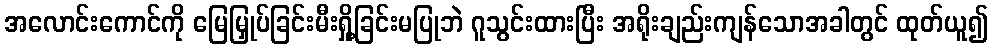
အလောင်းကောင်ကို မြေမြှုပ်ခြင်းမီးရှို့ခြင်းမပြုဘဲ ဂူသွင်းထားပြီး အရိုးချည်းကျန်သောအခါတွင် ထုတ်ယူ၍